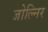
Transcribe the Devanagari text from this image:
जोल्निर